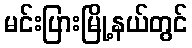
မင်းပြားမြို့နယ်တွင်